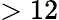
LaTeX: >12